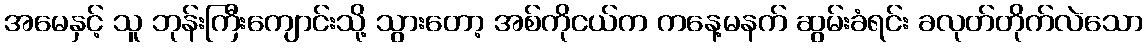
အမေနှင့် သူ ဘုန်းကြီးကျောင်းသို့ သွားတော့ အစ်ကိုငယ်က ကနေ့မနက် ဆွမ်းခံရင်း ခလုတ်တိုက်လဲသော